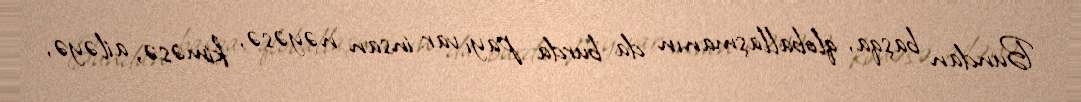
Bundan başqa, qloballaşmanın da burda payı var: insan nəyəsə, kiməsə, ailəyə,